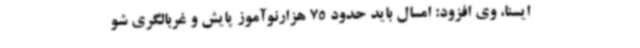
ایسنا، وی افزود: امسال باید حدود 75 هزارنوآموز پایش و غربالگری شو